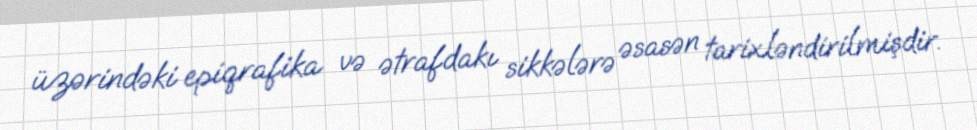
üzərindəki epiqrafika və ətrafdakı sikkələrə əsasən tarixləndirilmişdir.